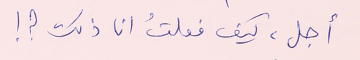
أجل، كيف فعلتُ انا ذلك ؟ !